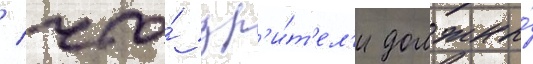
/ что́ зр'и́т'ел'и должны́